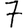
Digit: 7